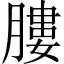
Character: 膢